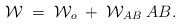
\begin{align*}{\cal W}\;=\;{\cal W}_{o}\; +\; {\cal W}_{AB}\;A B.\end{align*}